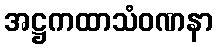
အဋ္ဌကထာသံဝဏနာ